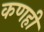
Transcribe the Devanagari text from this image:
कणही